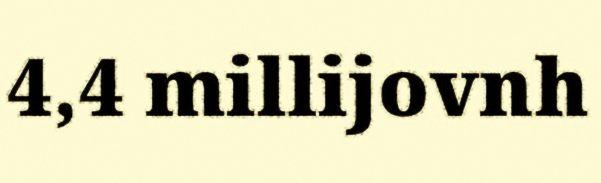
4,4 millijovnh